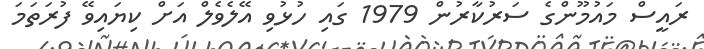
ރައީސް މައުމޫންގެ ސަރުކާރުން 1979 ގައި ހުޅުވި އޭލެވެލް އަށް ކިޔައިވޭ ފުރަތަމަ